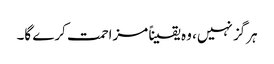
ہرگز نہیں، وہ یقیناً مزاحمت کرے گا۔